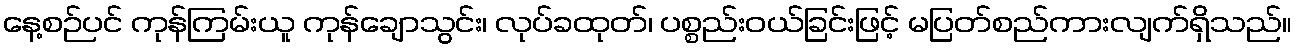
နေ့စဉ်ပင် ကုန်ကြမ်းယူ ကုန်ချောသွင်း၊ လုပ်ခထုတ်၊ ပစ္စည်းဝယ်ခြင်းဖြင့် မပြတ်စည်ကားလျက်ရှိသည်။